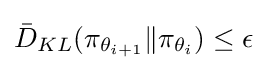
{\bar {D}}_{KL}(\pi _{\theta _{i+1}}\|\pi _{\theta _{i}})\leq \epsilon